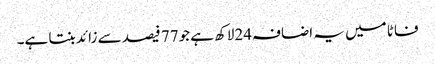
فاٹا میں یہ اضافہ24لاکھ ہے جو77 فیصد سے زائد بنتا ہے۔